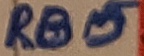
Text: RB5